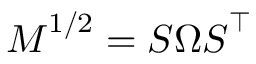
\boldsymbol { M } ^ { 1 / 2 } = \boldsymbol { S } \boldsymbol { \Omega } \boldsymbol { S } ^ { \intercal }